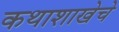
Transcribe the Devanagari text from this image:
कथाशाखेचे